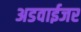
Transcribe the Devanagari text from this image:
अडवाईजर